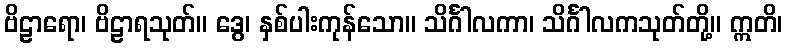
ဗိဠာရော၊ ဗိဠာရသုတ်။ ဒွေ၊ နှစ်ပါးကုန်သော။ သိင်္ဂါလကာ၊ သိင်္ဂါလကသုတ်တို့။ ဣတိ၊